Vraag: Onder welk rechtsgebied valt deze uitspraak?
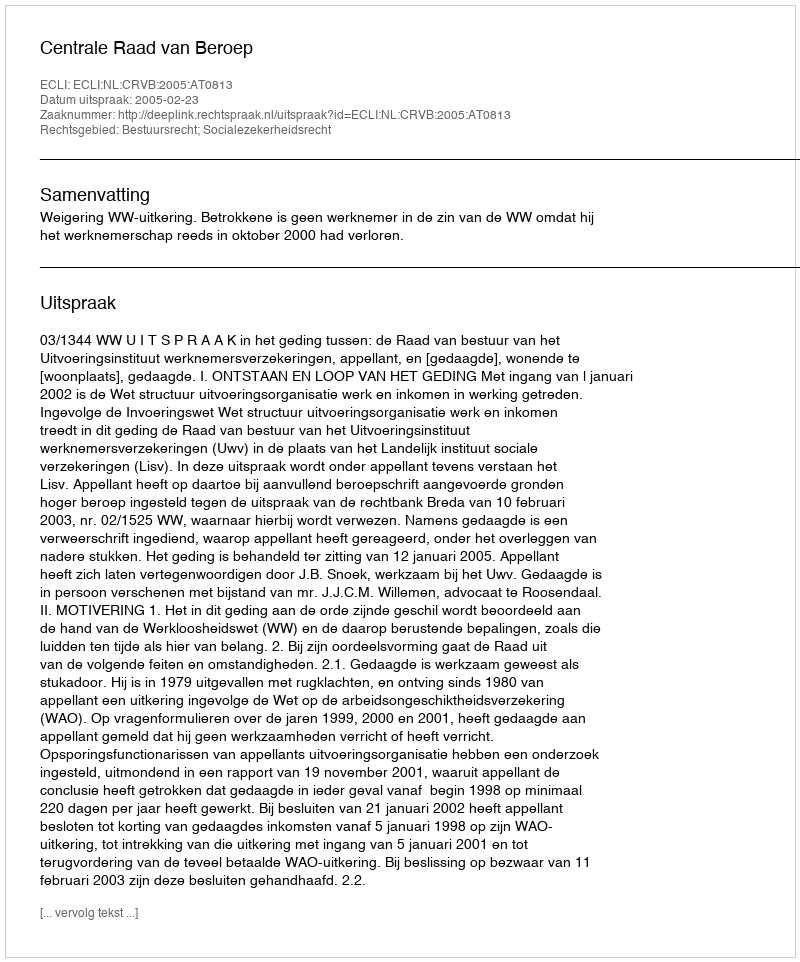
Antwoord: Bestuursrecht; Socialezekerheidsrecht